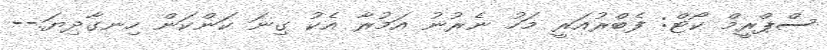
ސްޕްރީމް ކޯޓް: ފެބްރުއަރީ މަހު ނެރުނު އަމުރާ އެކު ގިނަ ކަންކަން ހިނގާދިޔަ.--